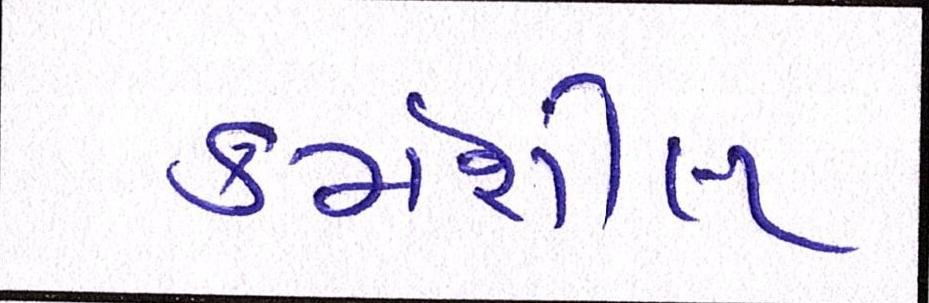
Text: કર્મશીલ